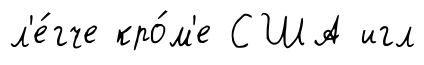
л'е́гче кро́м'е США игл